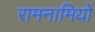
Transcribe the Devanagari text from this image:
रामनामियों